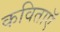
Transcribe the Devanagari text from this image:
कविताऍ